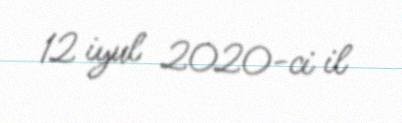
12 iyul 2020-ci il